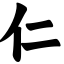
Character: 仁